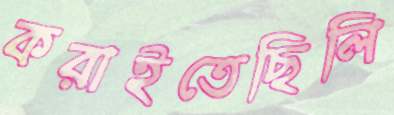
করাইতেছিলি